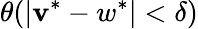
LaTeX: \theta(|\mathbf{v}^{*}-w^{*}|<\delta)